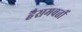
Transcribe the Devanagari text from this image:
हैसमवर्ती